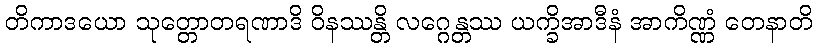
တိကာဒယော သုတ္တောတရဏာဒိ ဝိနဿန္တိ လဂ္ဂေန္တဿ ယက္ခိအာဒီနံ အာကိဏ္ဏံ တေနာတိ